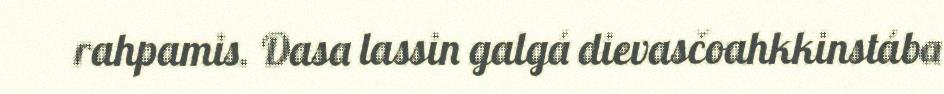
rahpamis. Dasa lassin galgá dievasčoahkkinstába